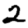
Digit: 2